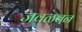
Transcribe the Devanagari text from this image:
जवळबन